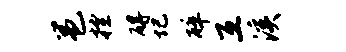
邕控碍圮碎互溪